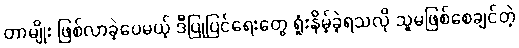
တာမျိုး ဖြစ်လာခဲ့ပေမယ့် ဒီပြုပြင်ရေးတွေ ရှုံးနိမ့်ခဲ့ရသလို သူမဖြစ်စေချင်တဲ့